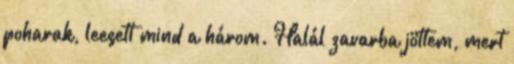
poharak, leesett mind a három. Halál zavarba jöttem, mert